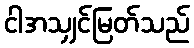
ငါအသျှင်မြတ်သည်